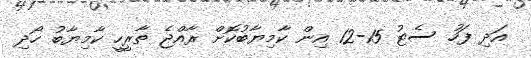
އަދި ފަހު ސެޓު 15-12 އިން ކާމިޔާބުކޮށް ރާއްޖެ ތާރީހީ ކާމިޔާބު ހޯދި